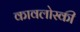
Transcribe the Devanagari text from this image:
कावलोस्की